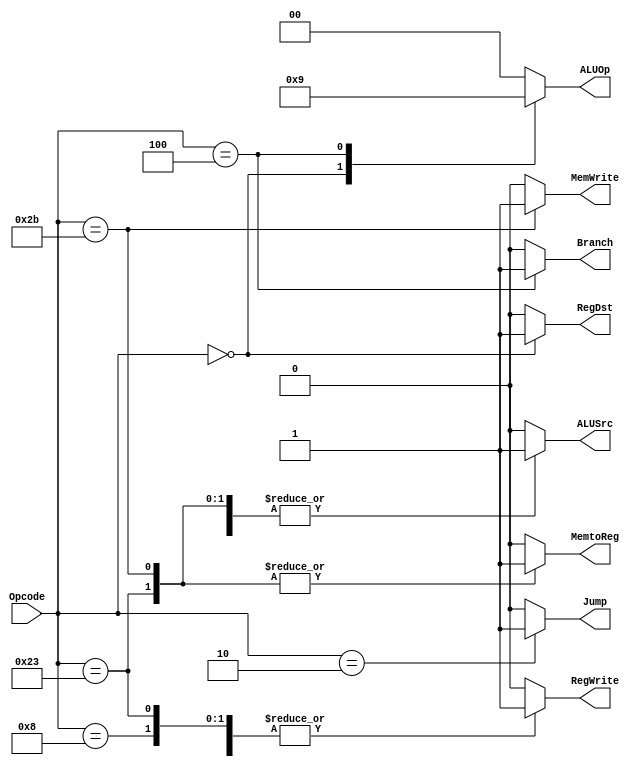
module Main_Decoder (

input wire  [5:0] Opcode,

output reg       Jump,
output reg [1:0] ALUOp,
output reg       MemtoReg,
output reg       MemWrite,
output reg       Branch,
output reg       ALUSrc,
output reg       RegDst,
output reg       RegWrite
);
  
  
always @ (*)
begin
  
  Jump = 1'b0;
  ALUOp = 2'b00;
  MemWrite = 1'b0;
  RegWrite = 1'b0;
  RegDst = 1'b0;
  ALUSrc = 1'b0;
  MemtoReg = 1'b0;
  Branch = 1'b0;
  
  case(Opcode)
     // load word instruction
     6'b10_0011: begin
          Jump = 1'b0;
          ALUOp = 2'b00;
          MemWrite = 1'b0;
          RegWrite = 1'b1;
          RegDst = 1'b0;
          ALUSrc = 1'b1;
          MemtoReg = 1'b1;
          Branch = 1'b0;
     end
     // store word instruction
     6'b10_1011: begin
          Jump = 1'b0;
          ALUOp = 2'b00;
          MemWrite = 1'b1;
          RegWrite = 1'b0;
          RegDst = 1'b0;
          ALUSrc = 1'b1;
          MemtoReg = 1'b1;
          Branch = 1'b0;
     end
     // R-type instruction
     6'b00_0000: begin
          Jump = 1'b0;
          ALUOp = 2'b10;
          MemWrite = 1'b0;
          RegWrite = 1'b1;
          RegDst = 1'b1;
          ALUSrc = 1'b0;
          MemtoReg = 1'b0;
          Branch = 1'b0;
     end
     // add immediate instruction
     6'b00_1000: begin
          Jump = 1'b0;
          ALUOp = 2'b00;
          MemWrite = 1'b0;
          RegWrite = 1'b1;
          RegDst = 1'b0;
          ALUSrc = 1'b1;
          MemtoReg = 1'b0;
          Branch = 1'b0;
     end
     // branch if equal instruction
     6'b00_0100: begin
          Jump = 1'b0;
          ALUOp = 2'b01;
          MemWrite = 1'b0;
          RegWrite = 1'b0;
          RegDst = 1'b0;
          ALUSrc = 1'b0;
          MemtoReg = 1'b0;
          Branch = 1'b1;
     end
     // jump instruction
     6'b00_0010: begin
          Jump = 1'b1;
          ALUOp = 2'b00;
          MemWrite = 1'b0;
          RegWrite = 1'b0;
          RegDst = 1'b0;
          ALUSrc = 1'b0;
          MemtoReg = 1'b0;
          Branch = 1'b0;
     end
  endcase
end
endmodule